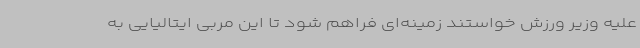
علیه وزیر ورزش خواستند زمینه‌ای فراهم شود تا این مربی ایتالیایی به